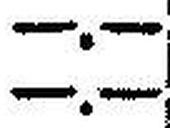
—.—